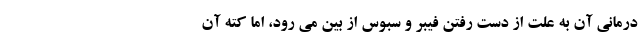
درمانی آن به علت از دست رفتن فیبر و سبوس از بین می رود، اما کته آن